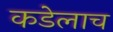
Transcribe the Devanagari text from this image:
कडेलाच